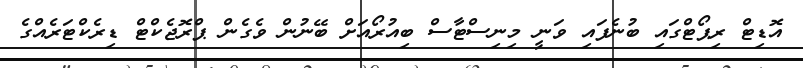
އޮޑިޓް ރިޕޯޓްގައި ބުނެފައި ވަނީ މިނިސްޓާސް ބިއުރޯއަށް ބޭނުން ވެގެން ޕްރޮޖެކްޓް ޑިރެކްޓަރެއްގެ